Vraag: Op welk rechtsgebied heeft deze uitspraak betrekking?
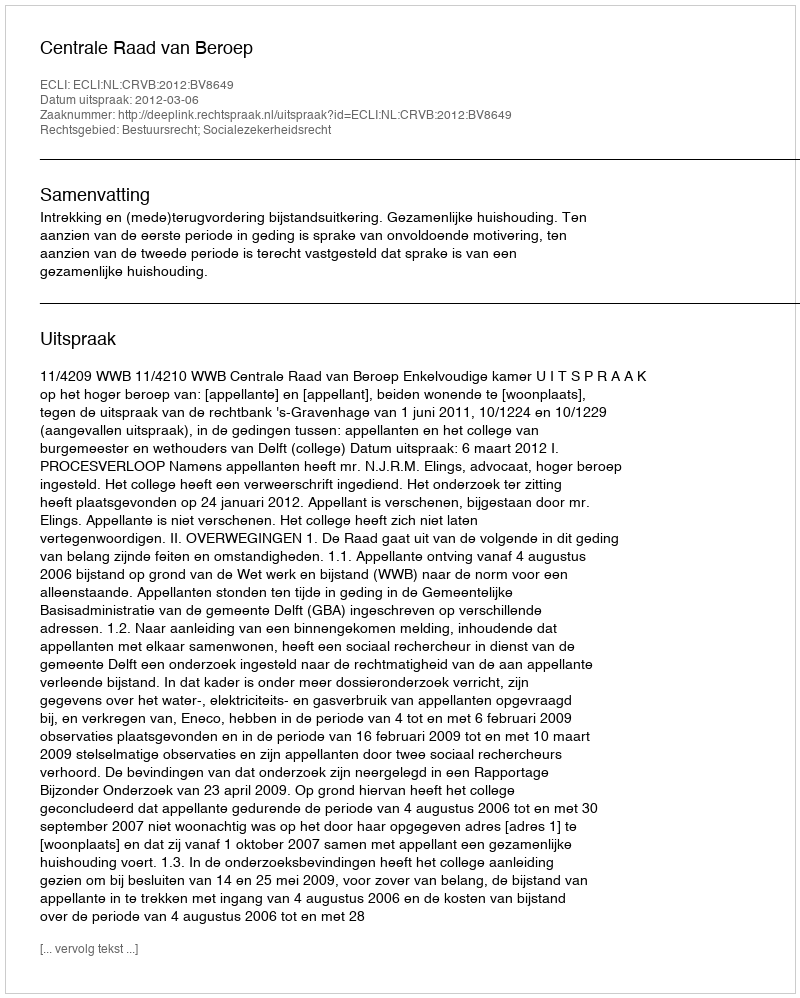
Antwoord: Bestuursrecht; Socialezekerheidsrecht